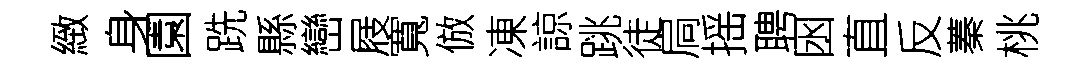
緻身園跣縣巒屐寬倣凍諒跳徒扃摇聘囦直反蓁桃